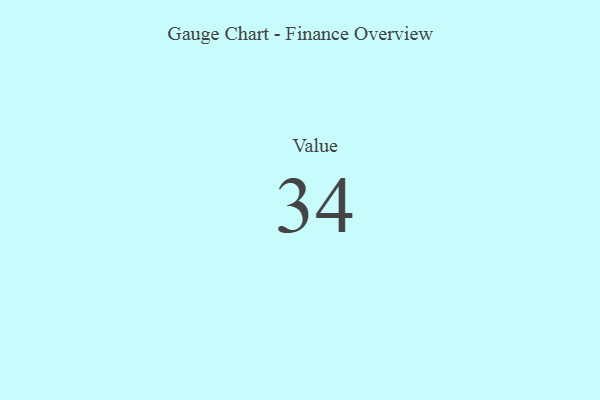
{"axis": {"x": "Metric", "y": "Value"}, "legend": [""], "data": [{"x": "Value", "y": 34, "type": ""}]}